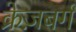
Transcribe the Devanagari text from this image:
क्रेज़बर्ग